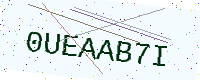
Text: 0UEAAB7I